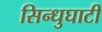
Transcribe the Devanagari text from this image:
सिन्‍धुघाटी